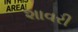
શાવરી